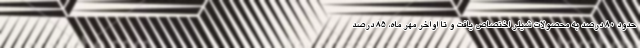
حدود 80 درصد به محصولات شیلر اختصاص یافت و تا اواخر مهر ماه، 85 درصد